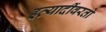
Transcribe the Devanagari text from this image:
इत्यादींवरतो